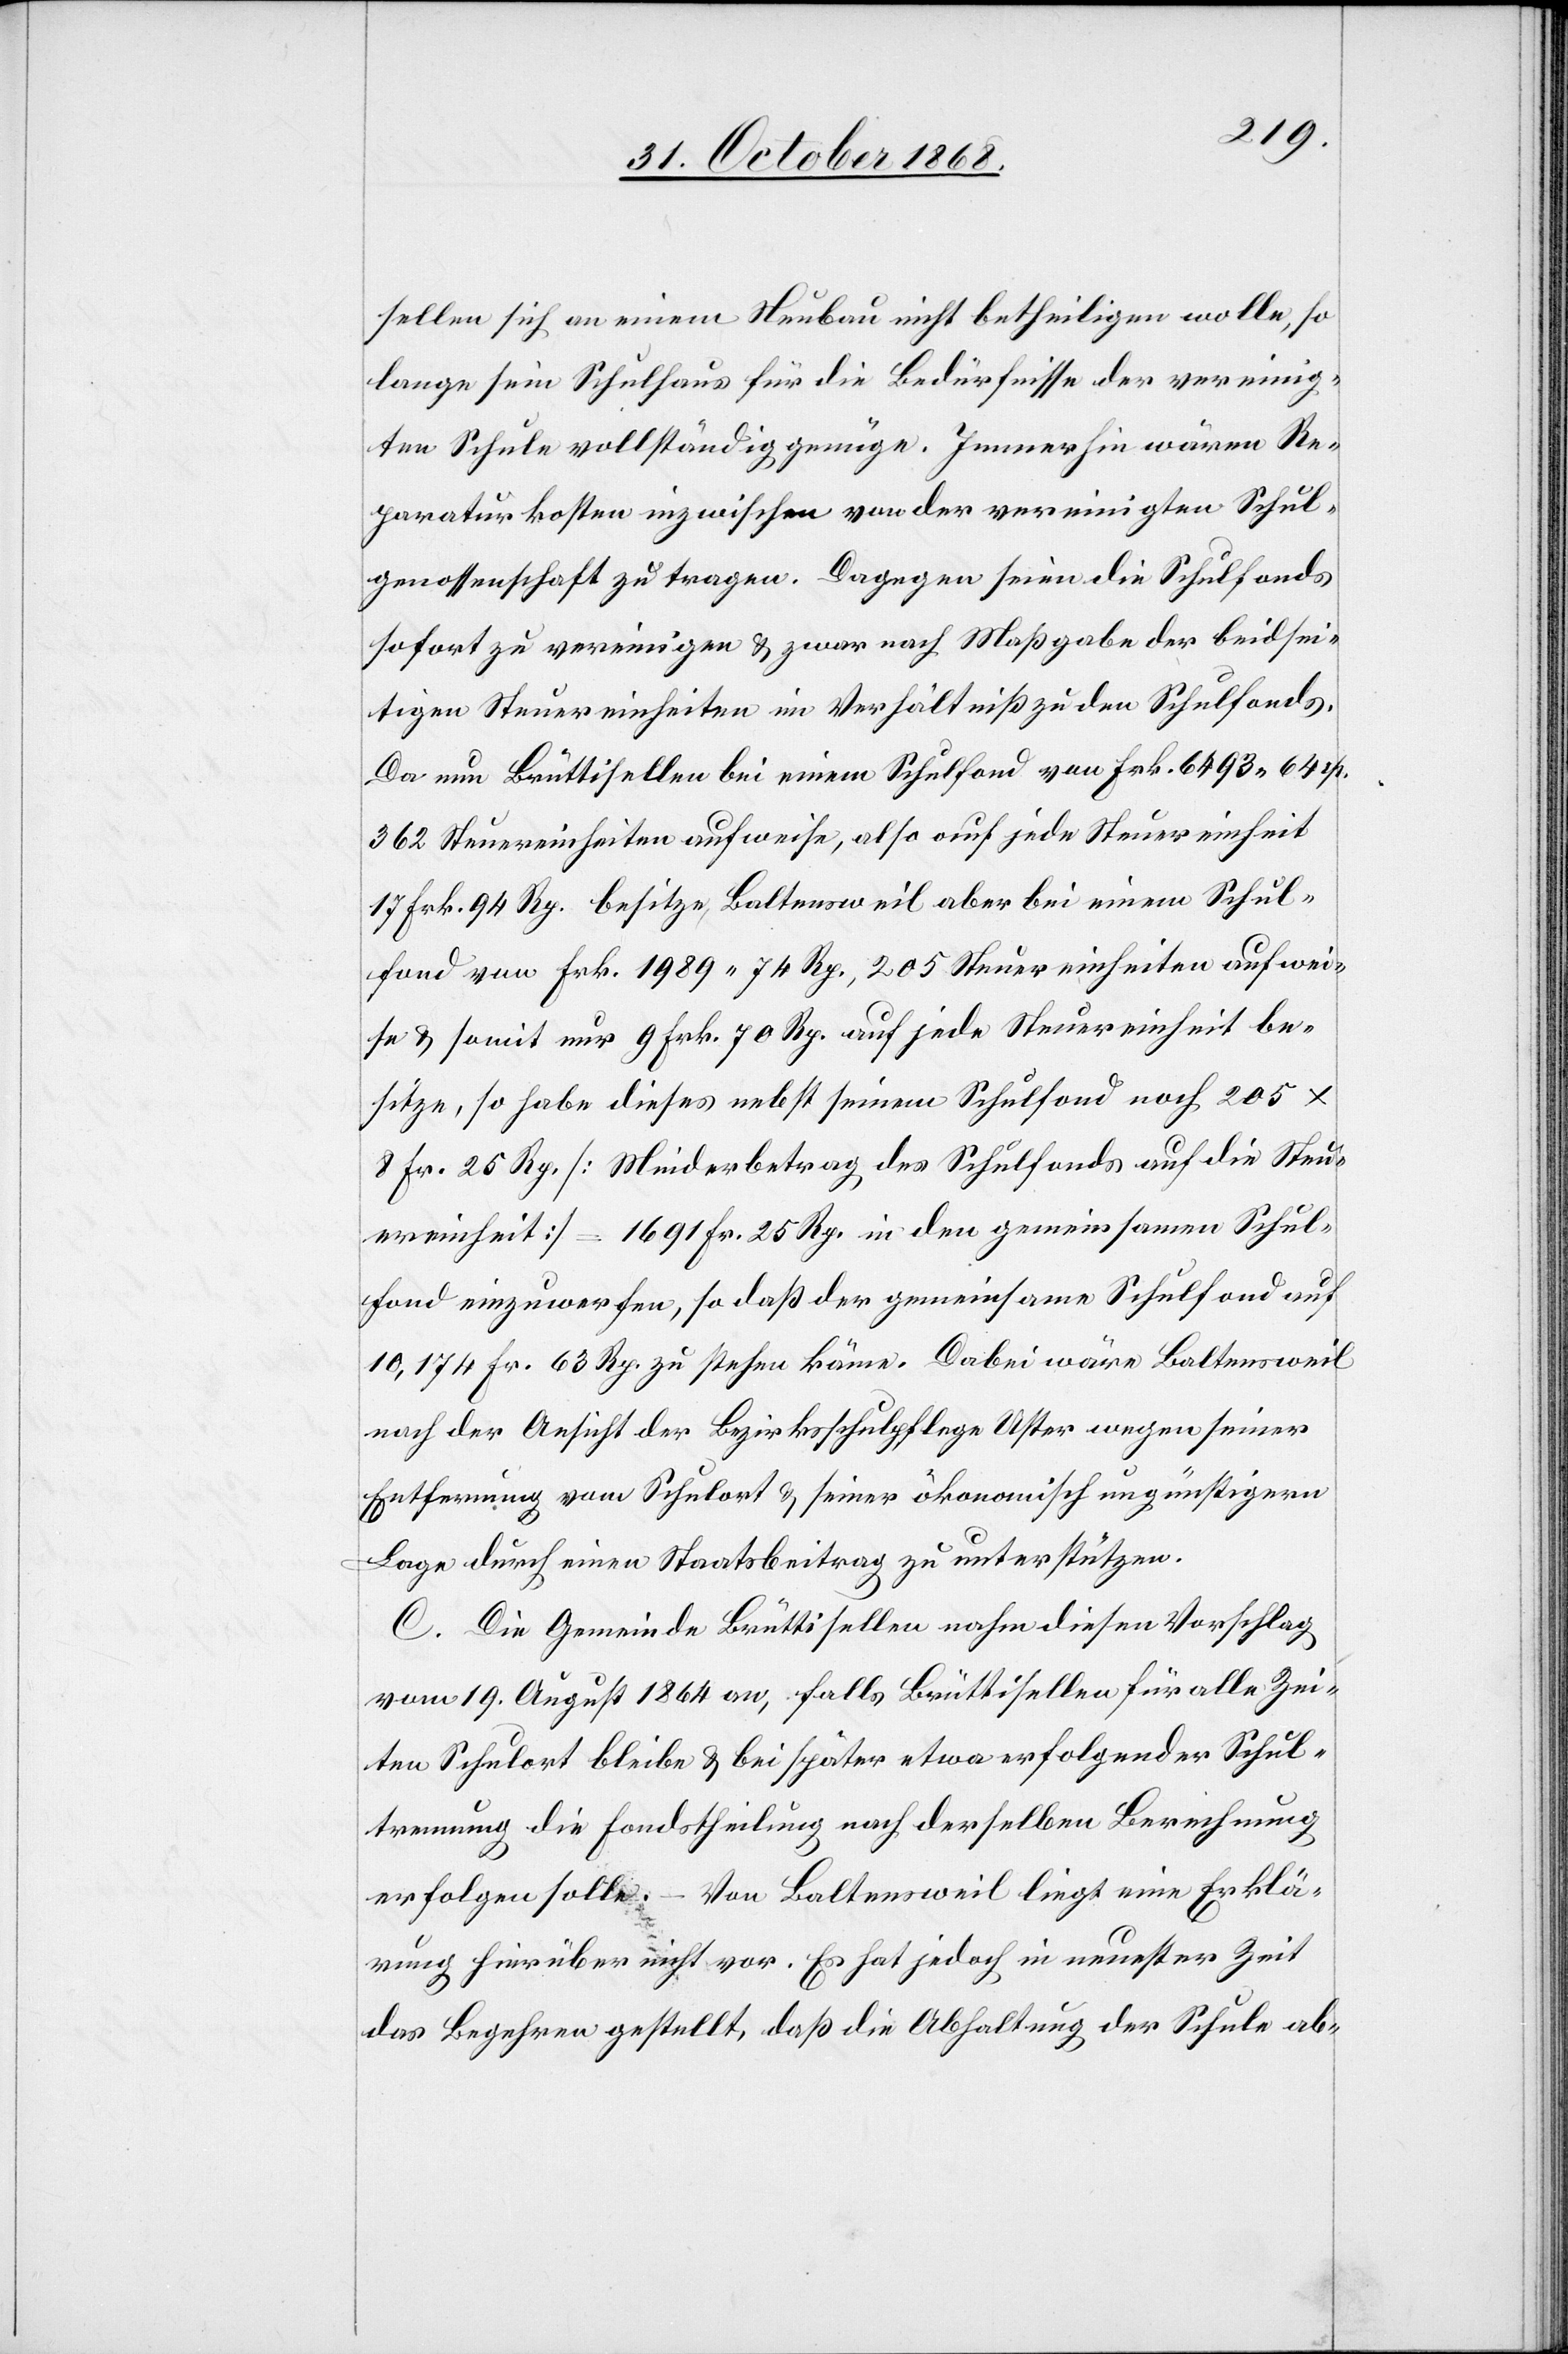
sellen sich an einem Neubau nicht betheiligen wolle, so
lange sein Schulhaus für die Bedürfnisse der vereinig¬
ten Schule vollständig genüge. Immerhin wären Re¬
paraturkosten inzwischen von der vereinigten Schul¬
genossenschaft zu tragen. Dagegen seien die Schulfonds
sofort zu vereinigen & zwar nach Maßgabe der beidsei¬
tigen Steuereinheiten im Verhältniß zu den Schulfonds.
Da nun Brüttisellen bei einem Schulfond von Frk. 6493 44 rp.
362 Steuereinheiten aufweise, also auf jede Steuereinheit
17 Frk. 94 Rp. besitze, Baltensweil aber bei einem Schul¬
fond von Frk. 1989 74 Rp., 205 Steuereinheiten aufwei¬
se & somit nur 9 Frk. 70 Rp. auf jede Steuereinheit be¬
sitze, so habe dieses nebst seinem Schulfond noch 205 x
8 Fr. 25 Rp. [Minderbetrag des Schulfonds auf die Steu¬
ereinheit] = 1691 Fr. 25 Rp. in den gemeinsamen Schul¬
fond einzuwerfen, so daß der gemeinsame Schulfond auf
10,174 Fr. 63 Rp. zu stehen käme. Dabei wäre Baltensweil
nach der Ansicht der Bezirksschulpflege Uster wegen seiner
Entfernung vom Schulort & seiner ökonomisch ungünstigern
Lage durch einen Staatsbeitrag zu unterstützen.
C. Die Gemeinde Brüttisellen nahm diesen Vorschlag
vom 19. August 1864 an, falls Brüttisellen für alle Zei¬
ten Schulort bleibe & bei später etwa erfolgender Schul¬
trennung die Fondstheilung nach derselben Berechnung
erfolgen solle. – Von Baltensweil liegt eine Erklä¬
rung hierüber nicht vor. Es hat jedoch in neuester Zeit
das Begehren gestellt, daß die Abhaltung der Schule ab-